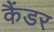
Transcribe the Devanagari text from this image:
कैंडर